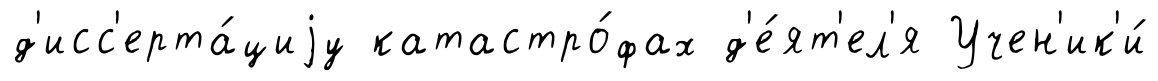
д'исс'ерта́циjу катастро́фах д'е́ят'ел'я Учен'ик'и́